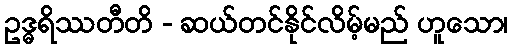
ဥဒ္ဓရိဿတီတိ - ဆယ်တင်နိုင်လိမ့်မည် ဟူသော၊